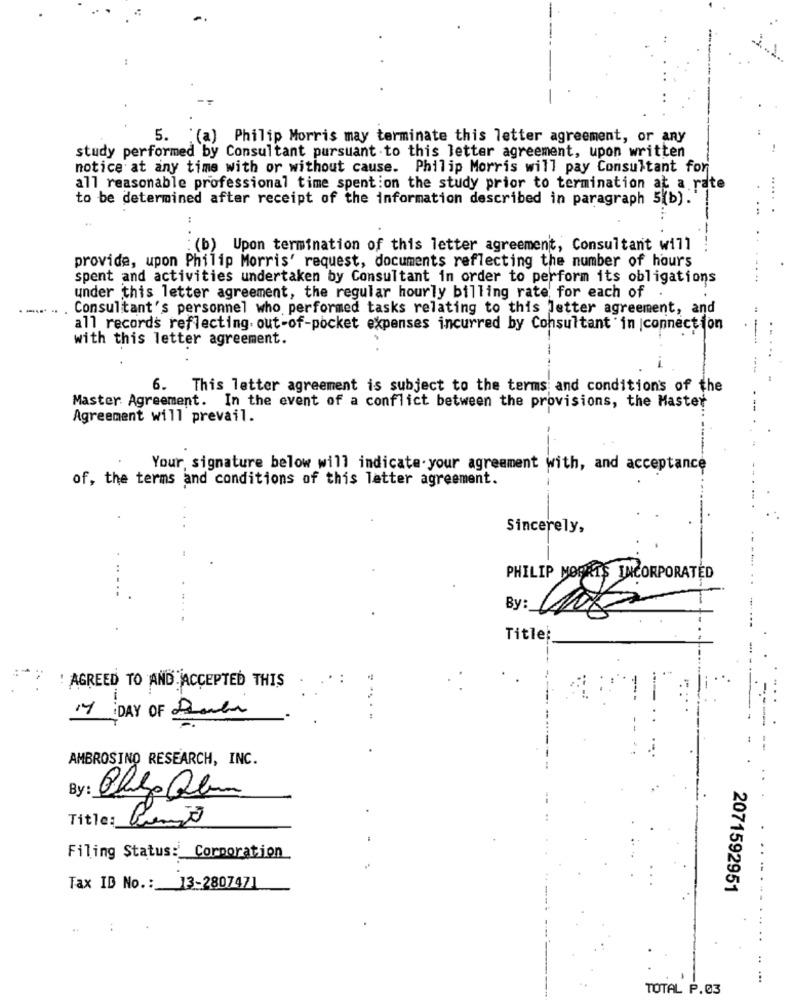
. "(a) Philip Morris may terminate this letter agreement, or any
study performed by Consultant pursuant to this letter agreement, upon written
notice at any time with or without cause. Philip Morris will pay Consultant for
all reasonable professional time spent:on the study prior to termination at a rate
to be determined after receipt of the information described in paragraph 5(b).
:
: (b) Upon termination of this letter agreement, Consultant will
provide, upon Philip Morris' request, documents reflecting the number of hours
spent and activities undertaken by Consultant in order to perform its obligations
under this letter agreement, the regular hourly billing rate for each of .
Consultant's personnel who performed tasks relating to this Jetter agreement, and
all records reflecting. out-of-pocket expenses incurred by Consultant in |connection
with this letter agreement.
6. This letter agreement is subject to the terms and conditions of the
Master Agreement. In the event of a conflict between the provisions, the Master
Agreement will prevail.
Your, signature below will indicate.your agreement with, and acceptance
of, the terms and conditions of this letter agreement.
Sincerely,
PHILIP MOPATS INCORPORATED
.-..
By:
Title:
: AGREED TO AND ACCEPTED THIS
14 DAY OF Danke
. .
AMBROSINO RESEARCH, INC.
By:
Cheza@bem
Title: Pienão
Filing Status: Corporation
Tax ID No .: 13-280747]
2071592951
:
..
TOTAL P.03